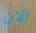
الان